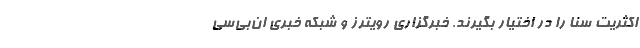
اکثریت سنا را در اختیار بگیرند. خبرگزاری رویترز و شبکه خبری ان‌بی‌سی